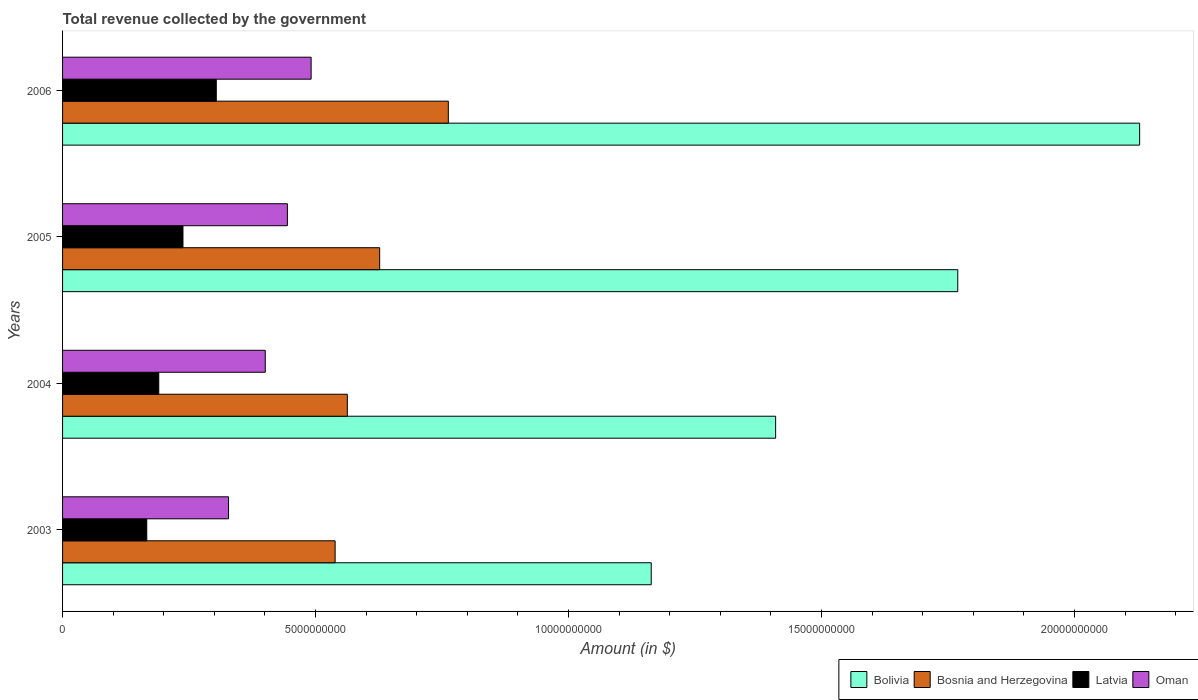
| Years | Bolivia | Bosnia and Herzegovina | Latvia | Oman |
 | --- | --- | --- | --- | --- |
 | 2003 | 1.16e+10 | 5.39e+09 | 1.66e+09 | 3.28e+09 |
 | 2004 | 1.41e+10 | 5.63e+09 | 1.9e+09 | 4.01e+09 |
 | 2005 | 1.77e+10 | 6.27e+09 | 2.38e+09 | 4.44e+09 |
 | 2006 | 2.13e+10 | 7.62e+09 | 3.04e+09 | 4.91e+09 |